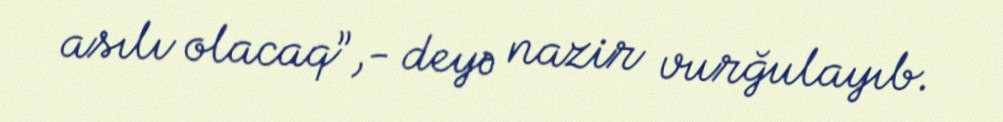
asılı olacaq”,- deyə nazir vurğulayıb.